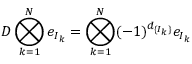
D \bigotimes _ { k = 1 } ^ { N } e _ { I _ { k } } = \bigotimes _ { k = 1 } ^ { N } ( - 1 ) ^ { d _ { \{ I _ { k } \} } } e _ { I _ { k } }